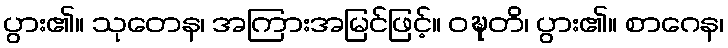
ပွား၏။ သုတေန၊ အကြားအမြင်ဖြင့်။ ဝဍ္ဎတိ၊ ပွား၏။ စာဂေန၊